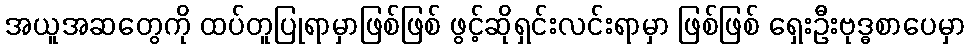
အယူအဆတွေကို ထပ်တူပြုရာမှာဖြစ်ဖြစ် ဖွင့်ဆိုရှင်းလင်းရာမှာ ဖြစ်ဖြစ် ရှေးဦးဗုဒ္ဓစာပေမှာ